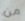
من